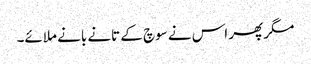
مگر پھر اس نے سوچ کے تانے بانے ملائے۔